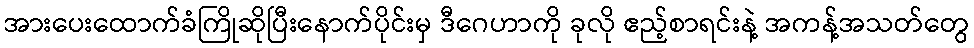
အားပေးထောက်ခံကြိုဆိုပြီးနောက်ပိုင်းမှ ဒီဂေဟာကို ခုလို ဧည့်စာရင်းနဲ့ အကန့်အသတ်တွေ